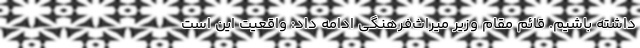
داشته باشیم. قائم مقام وزیر میراث‌فرهنگی ادامه داد: واقعیت این است